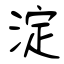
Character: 淀